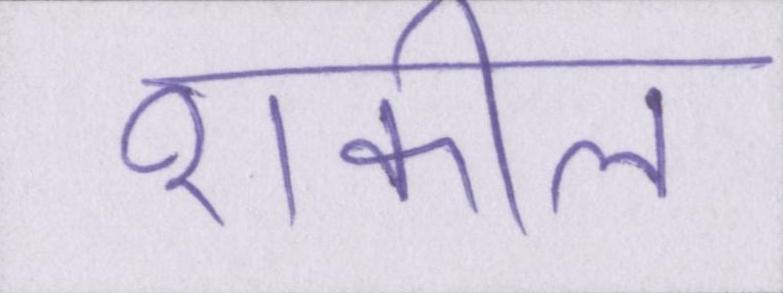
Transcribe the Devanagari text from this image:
शकील